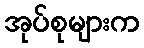
အုပ်စုများက